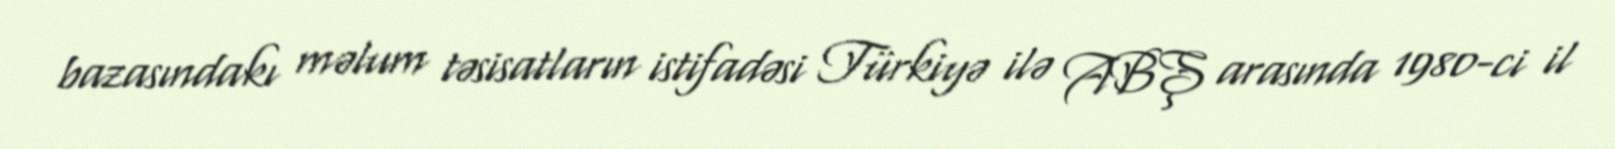
bazasındakı məlum təsisatların istifadəsi Türkiyə ilə ABŞ arasında 1980-ci il